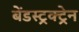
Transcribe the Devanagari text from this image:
बेंडस्ट्रक्ट्रेन